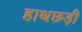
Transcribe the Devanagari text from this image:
हाथछड़ी